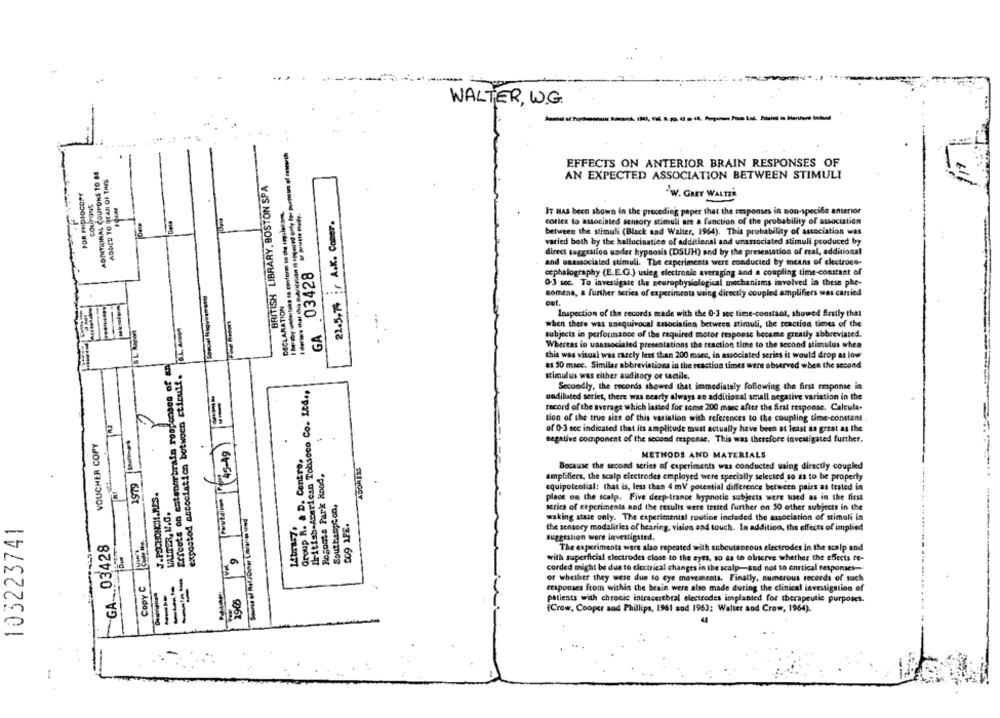
WALTER, W.G.
--
I datiare mai this oblicrian is sooured osty for purpaim of ersewech
ADDITIONAL COUPONS TO BE
EFFECTS ON ANTERIOR BRAIN RESPONSES OF
ADDED TO BEAN OF THIS
BRITISH LIBRARY, BOSTON SPA
AN EXPECTED ASSOCIATION BETWEEN STIMULI
FOR PHOTOCOPY
2W. GREY WALTER
COUPONS
21.5,74 ; A.K. Comer.
IT HAS been shown in the preceding paper that the responses in non-specifie anterior
cortex to associated sensory stimull are a function of the probability of association
between the stimuli (Black sad Walter, 1964). This probability of association was
varied both by the hallucination of additional and unassociated stimuli produced by
direct suggestion under hypnosis (DSUH) and by the presentation of real, additional
03428
and unassociated stimuli. The experiments were conducted by means of electroes-
cephalography (E.E.G.) usieg electronie averaging and a coupling time-constant of
0-3 sec. To investigate the neurophysiological mechanisms involved in these phe-
somena, a further series of experiments waing directly coupled amplifiers was carried
DECLARATION
out.
GA .
Inspection of the records made with the 0-3 sec time-constant, showed firstly that
B.L. Amien
when there was unequivocal association between stimuli, the reaction tienes of the
subjects in performance of the required motor response became greatly abbreviated.
Whereas in usassociated presentations the reaction time to the second stimulus when
Effects on autenorbrain responses of an
this was visual was rarely less than 200 msec, in associated series it would drop as low
expostod association between cticuif.
81 50 macc. Similar abbreviations in the reaction times were observed when the second
stimulus was either auditory oe tactile.
British American Tobacco Co. Ltd .,
Secondly, the records showed that immediately following the first response in
uodiluted series, there was searty always an additional small negative variation in the
record of the average which lasted for some 200 maec after the Arst response. Calcula-
tion of the true size of this variation wish references to the coupling time-constant
of 0-3 sec indicated that its amplitude must actually have been at least as great as the
VOUCHER COPY
Trovain (45-19)
negative component of the second response. This was therefore investigated further.
Group R. & D. Centro,
ADORER
METHODS AND MATERIALS
Posouts Park Hood,
Because the second series of experiments was conducted waing directly coupled
1979
amplifiers, the scalp electrodes employed were specially selected so as to be properly
equipotential: that is, less than 4 mV potential difference between pairs as tested in
Southampton,
place on the scalp. Five deep-trance hypnotic subjects were used as in the first
WALTER, U.C.
series of experiments and the results were tested further on 50 other subjects in the
209 XPE.
waking state only. The experimental routine included the association of stimuli in
103223741
the sensory modalities of hearing, vision and touch. In addition, the effects of implied
GA .03428
suggestion were investigated.
The experiments were also repeated with subcutaneous electrodes in the scalp and
with superficial electrodes close to the eyes, so as to observe whether the effects te-
corded might be due to electrical changes in the scalp-and not to cortical responses-
Copy C
or whether they were due to eye movements. Finally, numerous records of such
responses from within the brain were also made during the clinical investigation of
patients with chronic intracerebral electrodes implanted for therapeutic purposes.
(Crow, Cooper sod Phillips, 1961 and 1963; Walter and Crow, 1964).
-